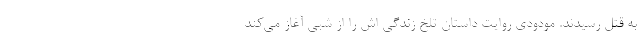
به قتل رسیدند. مودودی روایت داستان تلخ زندگی اش را از شبی آغاز می‌کند